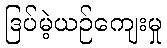
ဒြပ်မဲ့ယဉ်ကျေးမှု